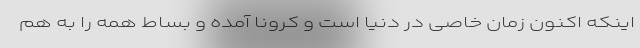
اینکه اکنون زمان خاصی در دنیا است و کرونا آمده و بساط همه را به هم